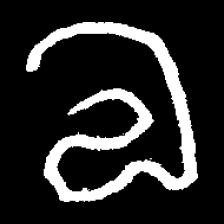
Pyu character \u2014 Myanmar letter: လ (romanized: la)